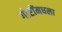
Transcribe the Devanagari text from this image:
गोष्टींमधला